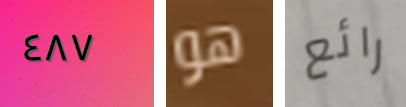
٤٨٧ هو رائع